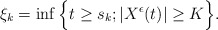
\begin{align*}&\xi_{k}=\inf\Big\{t\geq s_{k}; |X^{\epsilon}(t)|\geq K\Big\}.\end{align*}